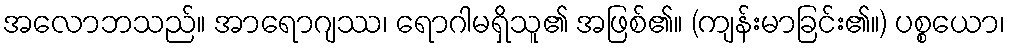
အလောဘသည်။ အာရောဂျဿ၊ ရောဂါမရှိသူ၏ အဖြစ်၏။ (ကျန်းမာခြင်း၏။) ပစ္စယော၊